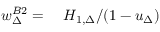
\begin{array} { r l } { w _ { \Delta } ^ { B 2 } = } & { { } \ H _ { 1 , \Delta } / ( 1 - u _ { \Delta } ) } \end{array}